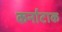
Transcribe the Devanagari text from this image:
कर्नाटाक